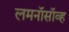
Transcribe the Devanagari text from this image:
लमनॉसॉव्ह